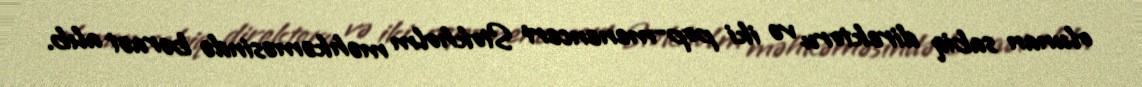
olunan sabiq direktoru və iki pop-menenceri Stokholm məhkəməsində bəraət alıb.